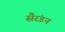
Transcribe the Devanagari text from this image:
सैरंडन